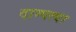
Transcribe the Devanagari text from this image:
दाम्पत्या